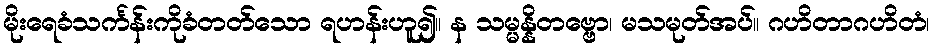
မိုးရေခံသင်္ကန်းကိုခံတတ်သော ရဟန်းဟူ၍။ န သမ္မန္နိတဗ္ဗော၊ မသမုတ်အပ်။ ဂဟိတာဂဟိတံ၊